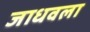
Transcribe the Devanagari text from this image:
जाधवला